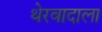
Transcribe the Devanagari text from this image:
थेरवादाला